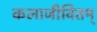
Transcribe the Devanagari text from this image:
कलाजीवितम्